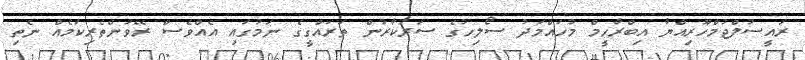
ރައީސުލްޖުމްހޫރިއްޔާ އިބްރާހީމް މުހައްމަދު ސޯލިހުގެ ސަރުކާރުން ތަރައްގީގެ ނަމުގައި އެއްވެސް ރޭވުންތެރިކަމެއް ނެތި